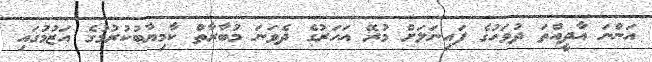
އަންނަ އާދީއްތަ ދުވަހުގެ ފައިނަލަށް މުރޭ އަހަރުގެ ދެވަނަ މުބާރާތް ކާމިޔާބުކުރުމުގެ އަޒުމުގައި